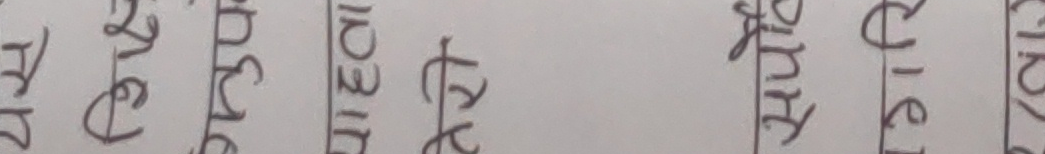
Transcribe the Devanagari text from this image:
अमृत क्षेत्र अंशु उद्योग कृषि सूर्य वृक्ष पुष्प खुसी